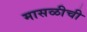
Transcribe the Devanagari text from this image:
मासळीची